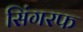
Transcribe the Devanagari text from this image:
सिंगरफ